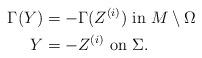
LaTeX: \begin{align*}\Gamma(Y) &=-\Gamma (Z^{(i)}) \mbox{ in } M\setminus\Omega\\Y &= -Z^{(i)} \mbox{ on } \Sigma.\end{align*}